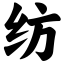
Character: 纺